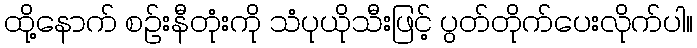
ထို့နောက် စဉ်းနီတုံးကို သံပုယိုသီးဖြင့် ပွတ်တိုက်ပေးလိုက်ပါ။